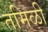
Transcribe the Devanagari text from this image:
तमिळी